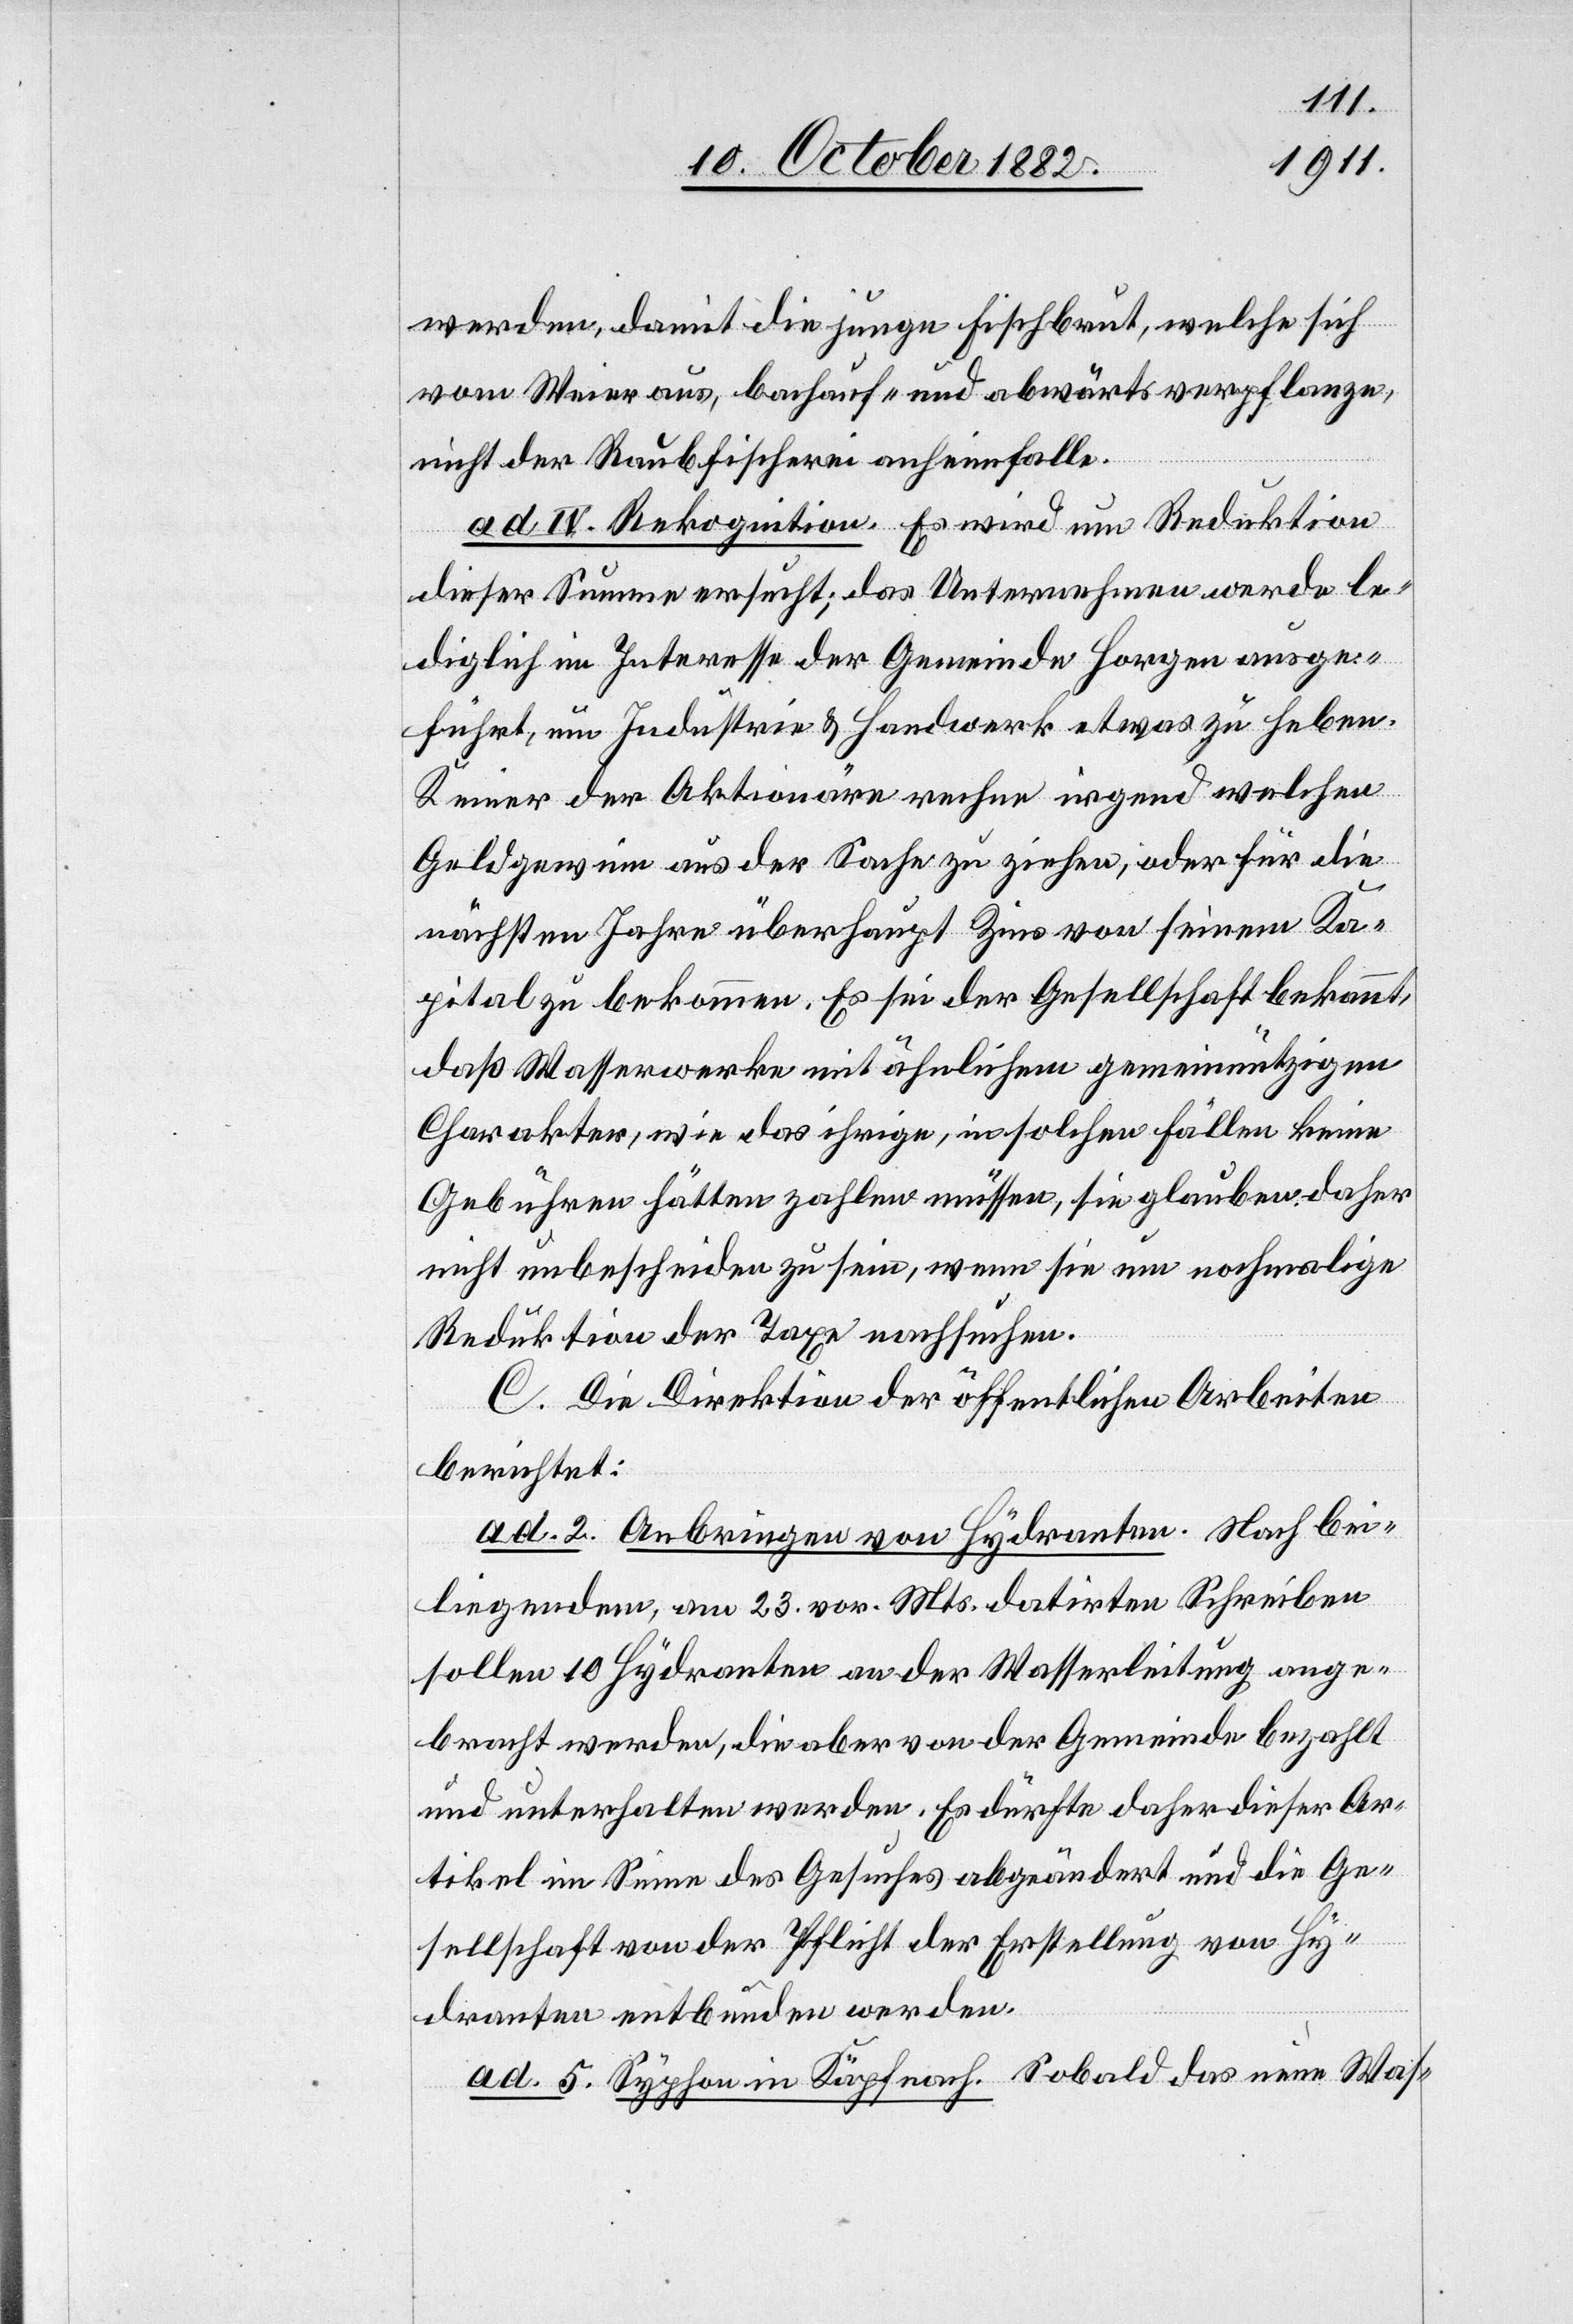
werden, damit die junge Fischbrut, welche sich
vom Weier aus, bachauf- und abwärts verpflanze,
nicht der Raubfischerei anheimfalle.
ad IV. Rekognition. Es wird um Reduktion
dieser Summe ersucht; das Unternehmen werde le¬
diglich im Interesse der Gemeinde Horgen ausge¬
führt, um Industrie & Handwerk etwas zu heben.
Keiner der Aktionäre rechne irgend welchen
Geldgewinn aus der Sache zu ziehen, oder für die
nächsten Jahre überhaupt Zins von seinem Ka¬
pital zu bekommen. Es sei der Gesellschaft bekannt,
daß Wasserwerke mit ähnlichem gemeinnützigen
Charakter, wie das ihrige, in solchen Fällen keine
Gebühren hätten zahlen müssen, sie glauben daher
nicht unbescheiden zu sein, wenn sie um nochmalige
Reduktion der Taxe nachsuchen.
C. Die Direktion der öffentlichen Arbeiten
berichtet:
ad. 2. Anbringen von Hydranten. Nach bei¬
liegendem, am 23. vor. Mts. datirten Schreiben
sollen 10 Hydranten an der Wasserleitung ange¬
bracht werden, die aber von der Gemeinde bezahlt
und unterhalten werden. Es dürfte daher dieser Ar¬
tikel im Sinne des Gesuches abgeändert und die Ge¬
sellschaft von der Pflicht der Erstellung von Hy¬
dranten entbunden werden.
ad. 5. Syphon in Käpfnach. Sobald das eine Was-